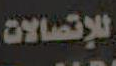
للإتصالات